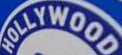
HOLLYWOOD